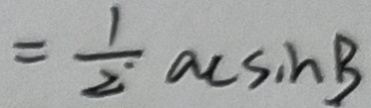
= \frac { 1 } { 2 } a c \sin B